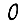
Digit: 0